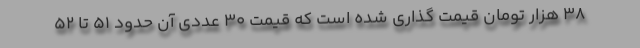
۳۸ هزار تومان قیمت گذاری شده است که قیمت ۳۰ عددی آن حدود ۵۱ تا ۵۲